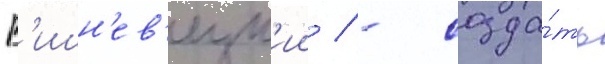
В'ишн'ев'ецк'ии / - созда́ть